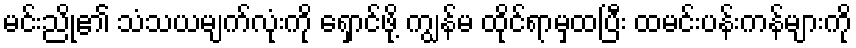
မင်းညို၏ သံသယမျက်လုံးကို ရှောင်ဖို့ ကျွန်မ ထိုင်ရာမှထပြီး ထမင်းပန်းကန်များကို